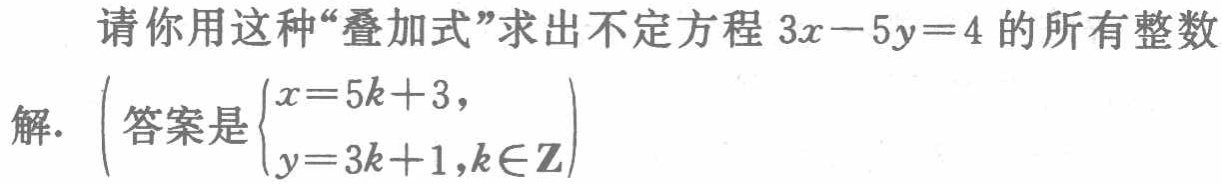
请你用这种“叠加式”求出不定方程 \(3x - 5y = 4\) 的所有整数解. \((\text{答案是}\begin{cases}x = 5k + 3,\\y = 3k + 1,k\in\mathbf{Z}\end{cases})\)